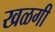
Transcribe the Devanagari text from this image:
खळगी